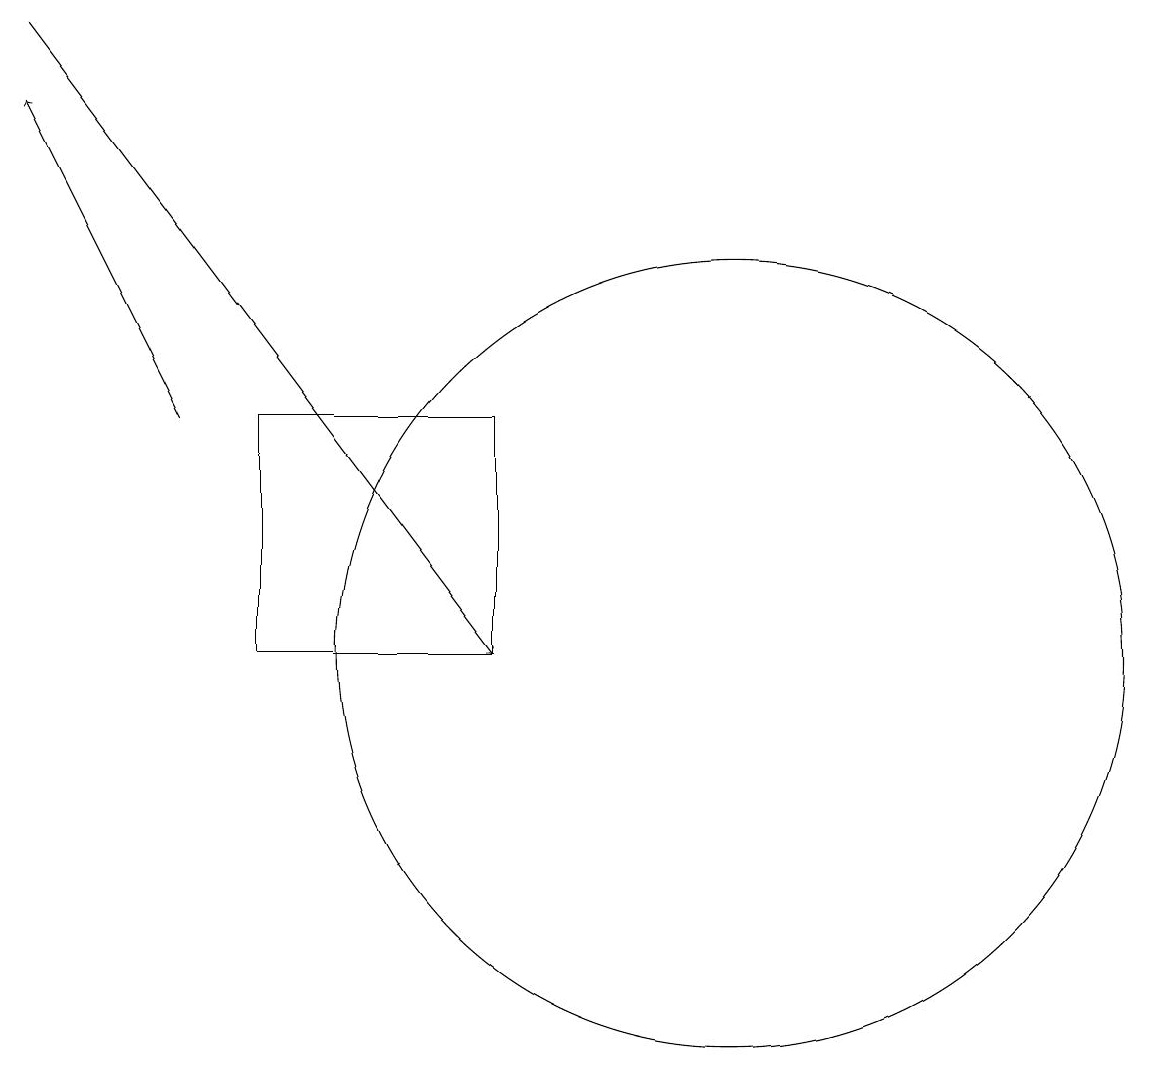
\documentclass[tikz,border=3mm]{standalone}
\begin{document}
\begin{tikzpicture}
\draw (8,10) rectangle (5,13);
\draw[->] (4,13) -- (2,17);
\draw (11,10) circle (5);
\draw[->] (2,18) -- (8,10);
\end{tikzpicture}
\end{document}